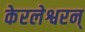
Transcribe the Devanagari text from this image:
केरलेश्वरन्